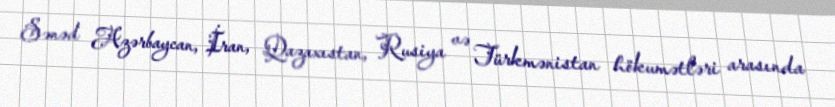
Sənəd Azərbaycan, İran, Qazaxıstan, Rusiya və Türkmənistan hökumətləri arasında